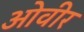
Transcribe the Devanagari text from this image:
ओवीर